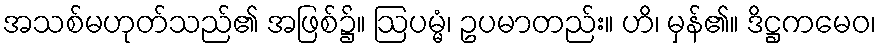
အသစ်မဟုတ်သည်၏ အဖြစ်၌။ ဩပမ္မံ၊ ဥပမာတည်း။ ဟိ၊ မှန်၏။ ဒိဋ္ဌကမေဝ၊